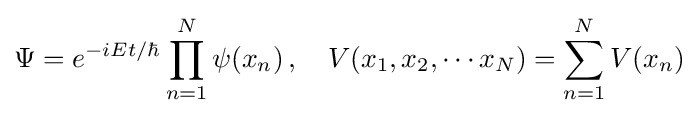
\Psi =e^{-i{Et/\hbar }}\prod _{n=1}^{N}\psi (x_{n})\,,\quad V(x_{1},x_{2},\cdots x_{N})=\sum _{n=1}^{N}V(x_{n})